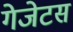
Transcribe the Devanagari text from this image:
गेजेटस